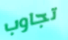
تجاوب